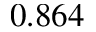
0 . 8 6 4